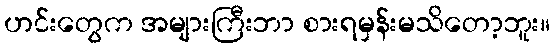
ဟင်းတွေက အများကြီးဘာ စားရမှန်းမသိတော့ဘူး။